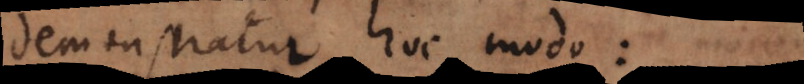
demonstratur hoc modo: